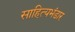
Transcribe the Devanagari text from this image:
साहित्यभंडार